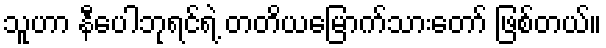
သူဟာ နီပေါဘုရင်ရဲ့ တတိယမြောက်သားတော် ဖြစ်တယ်။